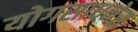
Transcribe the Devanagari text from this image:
योगसाधनेस